Treatise on elephants
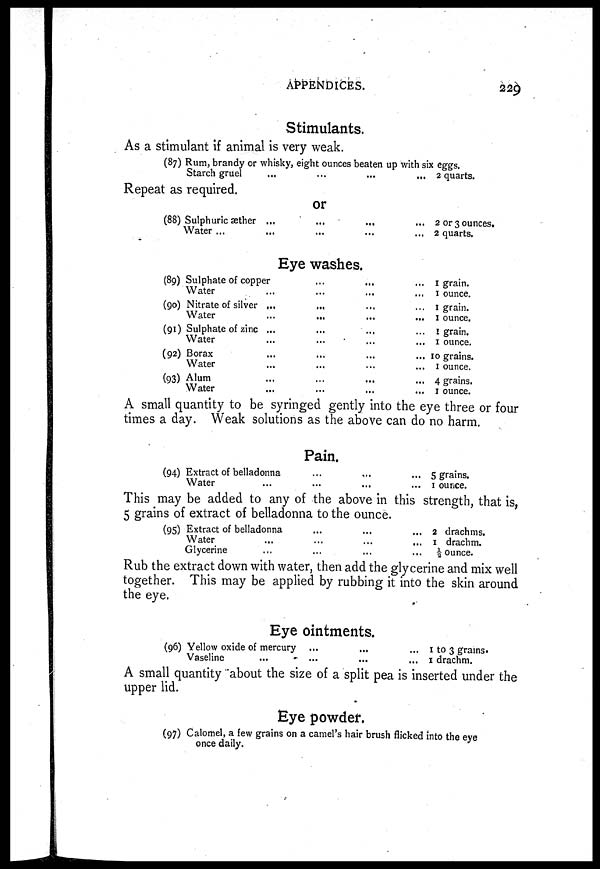
APPENDICES.
229
Stimulants.
As a stimulant if animal is very weak.
(87) Rum, brandy or whisky, eight ounces beaten up with six eggs.
Starch gruel
...
...
...
... 2 quarts.
Repeat as required.
or
(88) Sulphuric æther ...
...
...
... 2 or 3 ounces.
Water ...
...
...
...
... 2 quarts.
Eye washes.
(89)
(90)
(91)
(92)
(93)
Sulphate of copper ... ... ... ...
Water
...
...
...
...
Nitrate of silver ... ... ... ...
Water
...
...
...
...
Sulphate of zinc ... ... ... ...
Water ... ... ... ...
Borax ... ... ... ...
Water ... ... ... ...
Alum ... ... ... ...
Water ... ... ... ...
1 grain.
1 ounce.
1 grain.
1 ounce.
1 grain.
1 ounce.
10
grains.
1 ounce.
4 grains.
1 ounce.
A small quantity to be syringed gently into the eye three or four
times a day. Weak solutions as the above can do no harm.
Pain.
(94) Extract of belladonna ... ... ... ...
Water ... ... ... ...
5 grains.
1 ounce.
This may be added to any of the above in this strength, that is,
5 grains of extract of belladonna to the ounce.
(95) Extract of belladonna
...
...
...
Water
...
...
...
...
Glycerine
...
...
...
...
2 drachms.
1 drachm.
½ ounce.
Rub the extract down with water, then add the glycerine and mix well
together. This may be applied by rubbing it into the skin around
the eye.
Eye ointments.
(96) Yellow oxide of mercury
...
...
...
Vaseline
...
...
...
...
1 to 3 grains.
1 drachm.
A small quantity about the size of a split pea is inserted under the
upper lid.
Eye powder.
(97) Calomel, a few grains on a camel's hair brush flicked into the eye
once daily.